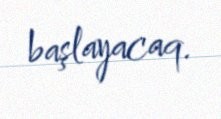
başlayacaq.